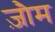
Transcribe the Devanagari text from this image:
ज़ौम